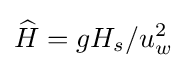
{\widehat {H}}={gH_{s}/u_{w}^{2}}